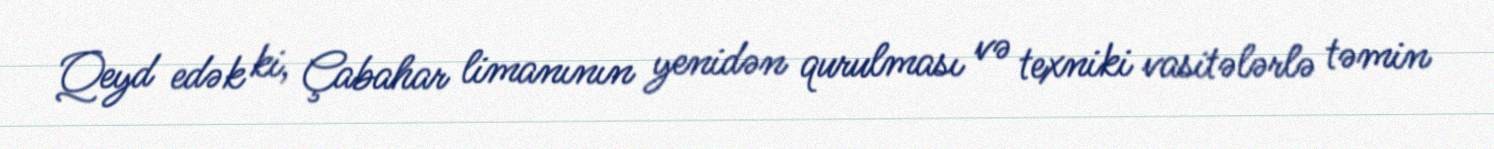
Qeyd edək ki, Çabahar limanının yenidən qurulması və texniki vasitələrlə təmin